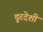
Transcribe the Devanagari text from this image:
दूरदेशी